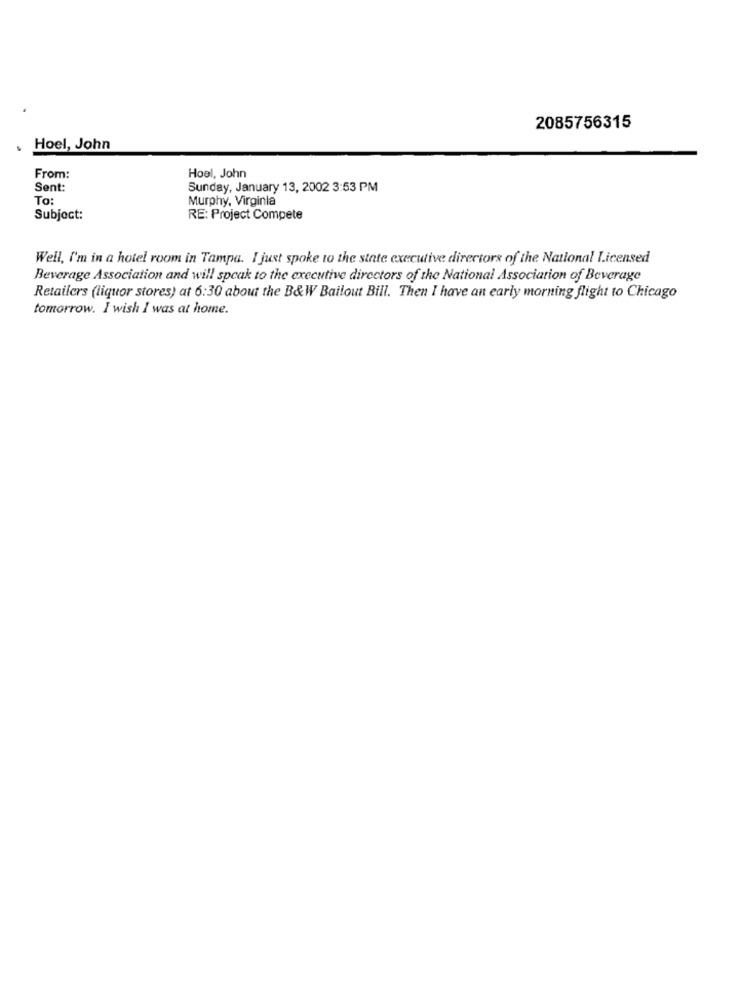
2085756315
Hoel, John
From:
Hoel, John
Sent:
Sunday, January 13, 2002 3:53 PM
To:
Murphy, Virginia
Subject:
RE: Project Compete
Well, I'm in a hotel room in Tampa. I just spoke to the state executive directors of the National Licensed
Beverage Association and will speak to the executive directors of the National Association of Beverage
Retailers (liquor stores) at 6:30 about the B&W Bailout Bill. Then I have an early morning flight to Chicago
tomorrow. I wish I was at home.